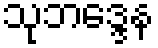
သုဘဒ္ဒေန